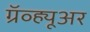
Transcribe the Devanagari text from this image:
ग्रॅव्ह्यूअर